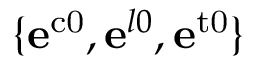
\{ \mathbf { e } ^ { \mathrm { { c 0 } } } , \mathbf { e } ^ { l 0 } , \mathbf { e } ^ { \mathrm { { t 0 } } } \}